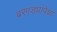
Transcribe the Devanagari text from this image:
बरगड्यांपेक्षा